Document type: Sale
Year: 1440
Scribe: Pere Pau Pujades
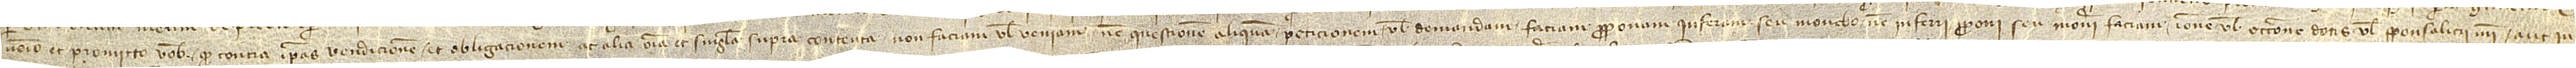
venio et promitto vobis quod contra ipsas vendicionem et obligacionem ac alia omnia et singula supra contenta non faciam vel veniam nec questionem aliquam, peticionem vel demandam faciam, proponam, inferam seu monebo nec inferri proponi seu moneri faciam ratione vel occasione dotis vel sponsalicii mei aut iu-